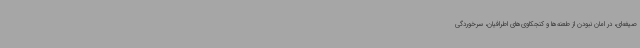
صیغه‌ای، در امان نبودن از طعنه‌ها و کنجکاوی‌های اطرافیان، سرخوردگی